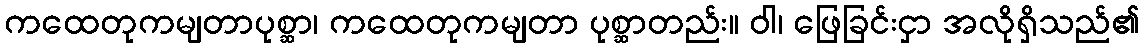
ကထေတုကမျတာပုစ္ဆာ၊ ကထေတုကမျတာ ပုစ္ဆာတည်း။ ဝါ၊ ဖြေခြင်းငှာ အလိုရှိသည်၏